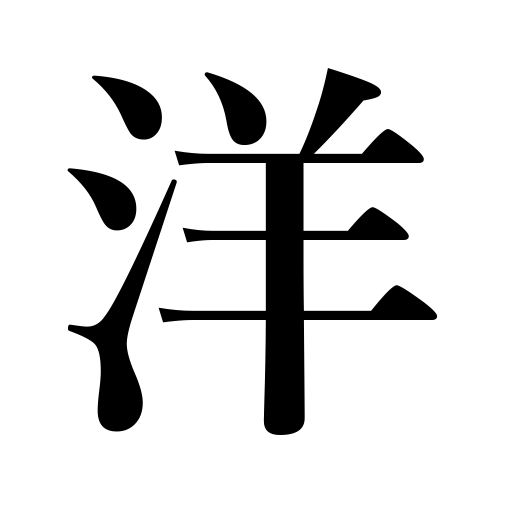
Meanings: ocean,sea,Western,European,foreign,channel